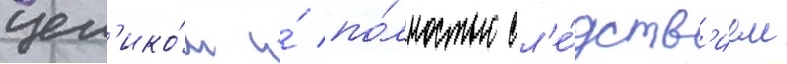
цел'ико́м и́ по́лностью сл'е́дств'ием